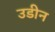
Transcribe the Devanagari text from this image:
उडीन